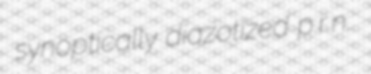
synoptically diazotized p.r.n.